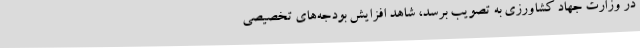
در وزارت جهاد کشاورزی به تصویب برسد، شاهد افزایش بودجه‌های تخصیصی